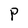
Character: P